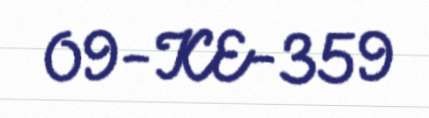
09-KE-359